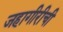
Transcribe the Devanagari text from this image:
जहागीरीची